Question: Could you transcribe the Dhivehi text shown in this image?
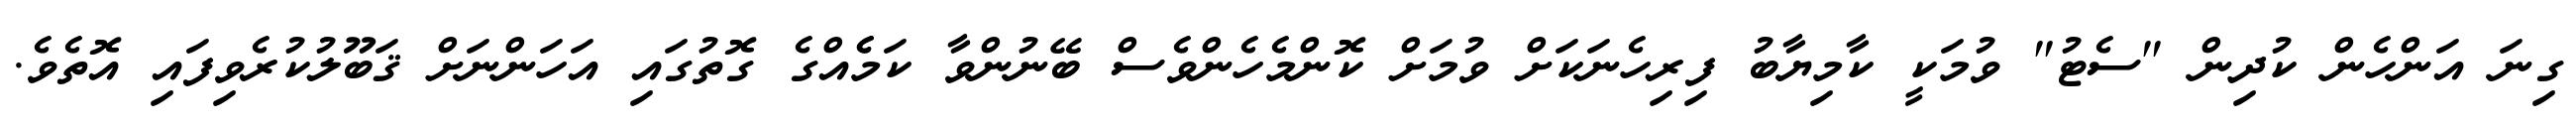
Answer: ގިނަ އަންހެން ކުދިން "ސެޓު" ވުމަކީ ކާމިޔާބު ފިރިހެނަކަށް ވުމަށް ކޮންމެހެންވެސް ބޭނުންވާ ކަމެެއްގެ ގޮތުގައި އަހަންނަށް ޤަބޫލުކުރެވިފައި އޮތެވެ.